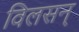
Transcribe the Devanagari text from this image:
विलसन्